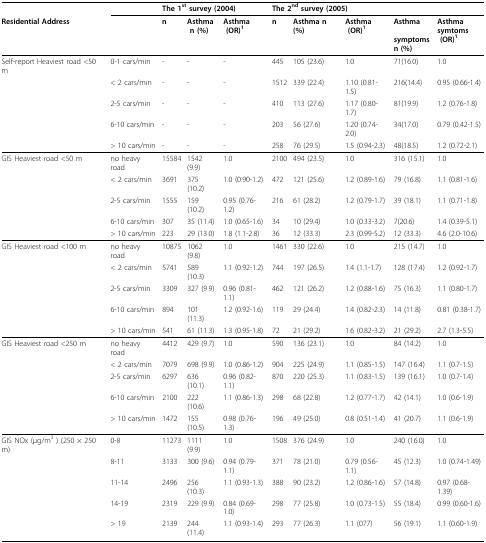
<table><thead><tr><td></td><td></td><td colspan="3"><b>The 1<sup>st </sup>survey (2004)</b></td><td colspan="3"><b>The 2<sup>nd </sup>survey (2005)</b></td><td></td><td></td></tr><tr><td><b>Residential Address</b></td><td></td><td><b>n</b></td><td><b>Asthma n (%)</b></td><td><b>Asthma (OR)<sup>1</sup></b></td><td><b>n</b></td><td><b>Asthma n (%)</b></td><td><b>Asthma (OR)<sup>1</sup></b></td><td><b>Asthma symptomsn (%)</b></td><td><b>Asthmasymtoms (OR)<sup>1</sup></b></td></tr></thead><tbody><tr><td>Self-report Heaviest road &lt;50 m</td><td>0-1 cars/min</td><td>-</td><td>-</td><td>-</td><td>445</td><td>105 (23.6)</td><td>1.0</td><td>71(16.0)</td><td>1.0</td></tr><tr><td></td><td>&lt; 2 cars/min</td><td>-</td><td>-</td><td>-</td><td>1512</td><td>339 (22.4)</td><td>1.10 (0.81-1.5)</td><td>216(14.4)</td><td>0.95 (0.66-1.4)</td></tr><tr><td></td><td>2-5 cars/min</td><td>-</td><td>-</td><td>-</td><td>410</td><td>113 (27.6)</td><td>1.17 (0.80-1.7)</td><td>81(19.9)</td><td>1.2 (0.76-1.8)</td></tr><tr><td></td><td>6-10 cars/min</td><td>-</td><td>-</td><td>-</td><td>203</td><td>56 (27.6)</td><td>1.20 (0.74-2.0)</td><td>34(17.0)</td><td>0.79 (0.42-1.5)</td></tr><tr><td></td><td>&gt; 10 cars/min</td><td>-</td><td>-</td><td>-</td><td>258</td><td>76 (29.5)</td><td>1.5 (0.94-2.3)</td><td>48(18.5)</td><td>1.2 (0.72-2.1)</td></tr><tr><td>GIS Heaviest road&lt;50 m</td><td>no heavy road</td><td>15584</td><td>1542 (9.9)</td><td>1.0</td><td>2100</td><td>494 (23.5)</td><td>1.0</td><td>316 (15.1)</td><td>1.0</td></tr><tr><td></td><td>&lt; 2 cars/min</td><td>3691</td><td>375 (10.2)</td><td>1.0 (0.90-1.2)</td><td>472</td><td>121 (25.6)</td><td>1.2 (0.89-1.6)</td><td>79 (16.8)</td><td>1.1 (0.81-1.6)</td></tr><tr><td></td><td>2-5 cars/min</td><td>1555</td><td>159 (10.2)</td><td>0.95 (0.76-1.2)</td><td>216</td><td>61 (28.2)</td><td>1.2 (0.79-1.7)</td><td>39 (18.1)</td><td>1.1 (0.71-1.8)</td></tr><tr><td></td><td>6-10 cars/min</td><td>307</td><td>35 (11.4)</td><td>1.0 (0.65-1.6)</td><td>34</td><td>10 (29.4)</td><td>1.0 (0.33-3.2)</td><td>7(20.6)</td><td>1.4 (0.39-5.1)</td></tr><tr><td></td><td>&gt; 10 cars/min</td><td>223</td><td>29 (13.0)</td><td>1.8 (1.1-2.8)</td><td>36</td><td>12 (33.3)</td><td>2.3 (0.99-5.2)</td><td>12 (33.3)</td><td>4.6 (2.0-10.6)</td></tr><tr><td>GIS Heaviest road &lt;100 m</td><td>no heavy road</td><td>10875</td><td>1062 (9.8)</td><td>1.0</td><td>1461</td><td>330 (22.6)</td><td>1.0</td><td>215 (14.7)</td><td>1.0</td></tr><tr><td></td><td>&lt; 2 cars/min</td><td>5741</td><td>589 (10.3)</td><td>1.1 (0.92-1.2)</td><td>744</td><td>197 (26.5)</td><td>1.4 (1.1-1.7)</td><td>128 (17.4)</td><td>1.2 (0.92-1.7)</td></tr><tr><td></td><td>2-5 cars/min</td><td>3309</td><td>327 (9.9)</td><td>0.96 (0.81-1.1)</td><td>462</td><td>121 (26.2)</td><td>1.2 (0.88-1.6)</td><td>75 (16.3)</td><td>1.1 (0.80-1.7)</td></tr><tr><td></td><td>6-10 cars/min</td><td>894</td><td>101 (11.3)</td><td>1.2 (0.92-1.6)</td><td>119</td><td>29 (24.4)</td><td>1.4 (0.82-2.3)</td><td>14 (11.8)</td><td>0.81 (0.38-1.7)</td></tr><tr><td></td><td>&gt; 10 cars/min</td><td>541</td><td>61 (11.3)</td><td>1.3 (0.95-1.8)</td><td>72</td><td>21 (29.2)</td><td>1.6 (0.82-3.2)</td><td>21 (29.2)</td><td>2.7 (1.3-5.5)</td></tr><tr><td>GIS Heaviest road&lt;250 m</td><td>no heavy road</td><td>4412</td><td>429 (9.7)</td><td>1.0</td><td>590</td><td>136 (23.1)</td><td>1.0</td><td>84 (14.2)</td><td>1.0</td></tr><tr><td></td><td>&lt; 2 cars/min</td><td>7079</td><td>698 (9.9)</td><td>1.0 (0.86-1.2)</td><td>904</td><td>225 (24.9)</td><td>1.1 (0.85-1.5)</td><td>147 (16.4)</td><td>1.1 (0.7-1.5)</td></tr><tr><td></td><td>2-5 cars/min</td><td>6297</td><td>636 (10.1)</td><td>0.96 (0.82-1.1)</td><td>870</td><td>220 (25.3)</td><td>1.1 (0.83-1.5)</td><td>139 (16.1)</td><td>1.0 (0.7-1.4)</td></tr><tr><td></td><td>6-10 cars/min</td><td>2100</td><td>222 (10.6)</td><td>1.1 (0.86-1.3)</td><td>298</td><td>68 (22.8)</td><td>1.2 (0.77-1.7)</td><td>42 (14.1)</td><td>1.0 (0.6-1.9)</td></tr><tr><td></td><td>&gt; 10 cars/min</td><td>1472</td><td>155 (10.5)</td><td>0.98 (0.76-1.3)</td><td>196</td><td>49 (25.0)</td><td>0.8 (0.51-1.4)</td><td>41 (20.7)</td><td>1.1 (0.6-1.9)</td></tr><tr><td>GIS NOx (μg/m<sup>3 </sup>) (250 × 250 m)</td><td>0-8</td><td>11273</td><td>1111 (9.9)</td><td>1.0</td><td>1508</td><td>376 (24.9)</td><td>1.0</td><td>240 (16.0)</td><td>1.0</td></tr><tr><td></td><td>8-11</td><td>3133</td><td>300 (9.6)</td><td>0.94 (0.79-1.1)</td><td>371</td><td>78 (21.0)</td><td>0.79 (0.56-1.1)</td><td>45 (12.3)</td><td>1.0 (0.74-1.49)</td></tr><tr><td></td><td>11-14</td><td>2496</td><td>256 (10.3)</td><td>1.1 (0.93-1.3)</td><td>388</td><td>90 (23.2)</td><td>1.2 (0.86-1.6)</td><td>57 (14.8)</td><td>0.97 (0.68-1.39)</td></tr><tr><td></td><td>14-19</td><td>2319</td><td>229 (9.9)</td><td>0.84 (0.69-1.0)</td><td>298</td><td>77 (25.8)</td><td>1.0 (0.73-1.5)</td><td>55 (18.4)</td><td>0.99 (0.60-1.6)</td></tr><tr><td></td><td>&gt; 19</td><td>2139</td><td>244 (11.4)</td><td>1.1 (0.93-1.4)</td><td>293</td><td>77 (26.3)</td><td>1.1 (077)</td><td>56 (19.1)</td><td>1.1 (0.60-1.9)</td></tr></tbody></table>